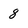
Character: 8